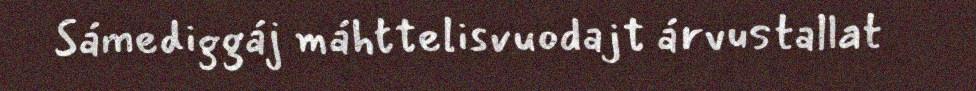
Sámediggáj máhttelisvuodajt árvustallat